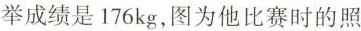
举成绩是176kg，图为他比赛时的照